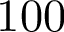
1 0 0